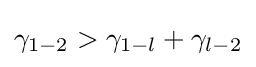
\gamma _{1-2}>\gamma _{1-l}+\gamma _{l-2}